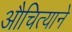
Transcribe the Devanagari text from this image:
औचित्याने